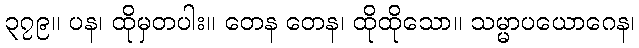
၃၇၉။ ပန၊ ထိုမှတပါး။ တေန တေန၊ ထိုထိုသော။ သမ္မာပယောဂေန၊